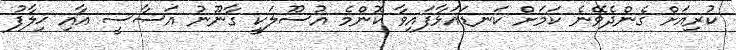
ކުރިއަށް ގެންދެވޭނެ ކަމަށް ކަނޑައަޅާފައިވާ ކޮންމެ އުސޫލަކީ ގާނޫނު އަސާސީ އާއި ޚިލާފު